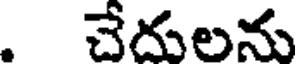
. చేదులను